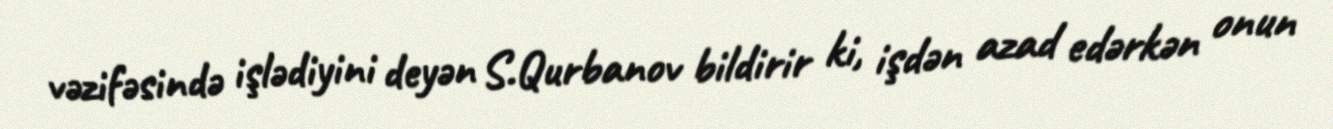
vəzifəsində işlədiyini deyən S.Qurbanov bildirir ki, işdən azad edərkən onun